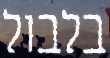
בלבול